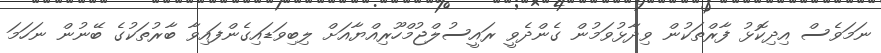
ނަމަވެސް އިދިކޮޅު ފާރްތަކުން ވިދާޅުވަމުން ގެންދެވީ ރައީސުލްޖުމްހޫރިއްޔާއަށް ލިބިވަޑައިގެންފައިވާ ބާރުތަކުގެ ބޭނުން ނަހަމަ